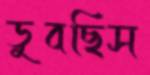
ডুবছিস